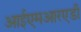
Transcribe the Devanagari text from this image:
आईएमआरएडी